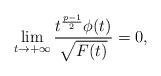
LaTeX: \begin{align*}\lim_{t\to +\infty} \frac{t^\frac{p-1}{2} \phi(t)}{\sqrt{F(t)}}=0,\end{align*}